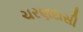
ચરણદાસી